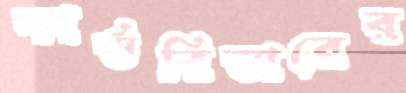
কার্ডরিডারের